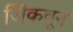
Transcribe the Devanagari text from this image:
जिंकवून